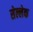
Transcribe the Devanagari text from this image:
सेल्लेक